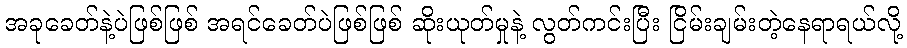
အခုခေတ်နဲ့ပဲဖြစ်ဖြစ် အရင်ခေတ်ပဲဖြစ်ဖြစ် ဆိုးယုတ်မှုနဲ့ လွတ်ကင်းပြီး ငြိမ်းချမ်းတဲ့နေရာရယ်လို့